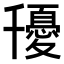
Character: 𭐰